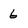
Character: 6